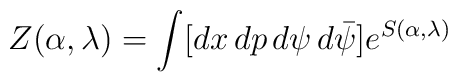
Z(\alpha,\lambda)=\int[dx\,dp\,d\psi\,d\bar{\psi}]e^{S(\alpha,\lambda)}